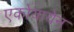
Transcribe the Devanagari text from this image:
एकोयायेन